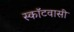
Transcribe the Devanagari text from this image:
स्कॉटवासी